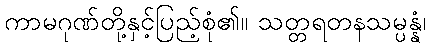
ကာမဂုဏ်တို့နှင့်ပြည့်စုံ၏။ သတ္တရတနသမ္ပန္နံ၊